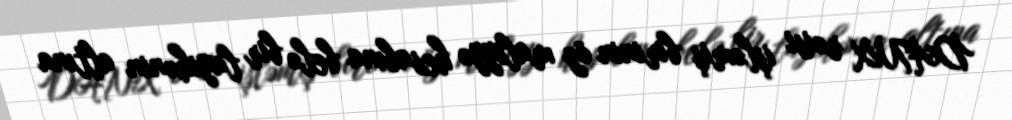
DANX rəisi işləmiş birinin öz maliyyə hesabına belə bir layihənin altına